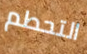
التحطم